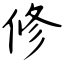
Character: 修